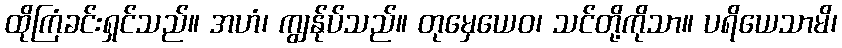
ထိုကြံခင်းရှင်သည်။ အဟံ၊ ကျွန်ုပ်သည်။ တုမှေယေဝ၊ သင်တို့ကိုသာ။ ပရိယေသာမိ၊